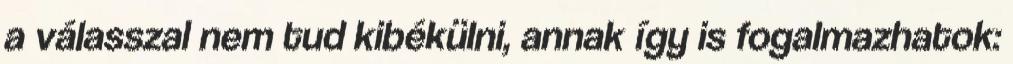
a válasszal nem tud kibékülni, annak így is fogalmazhatok: